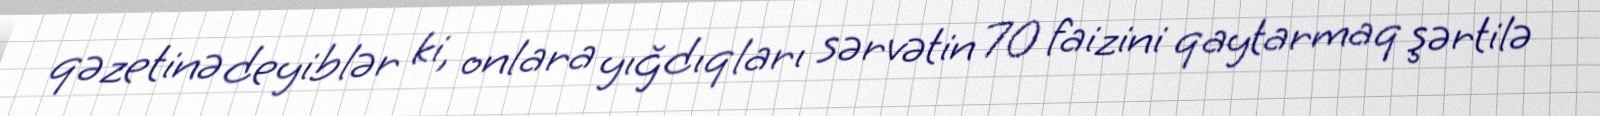
qəzetinə deyiblər ki, onlara yığdıqları sərvətin 70 faizini qaytarmaq şərtilə